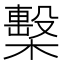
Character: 檕